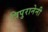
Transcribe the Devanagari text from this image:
त्रिपुरानेनी